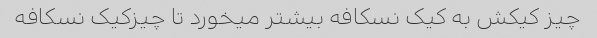
چیز کیکش به کیک نسکافه بیشتر میخورد تا چیزکیک نسکافه